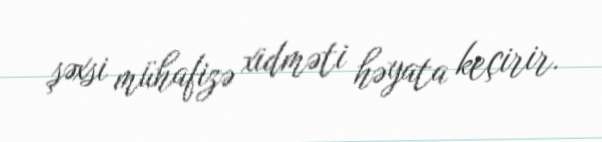
şəxsi mühafizə xidməti həyata keçirir.